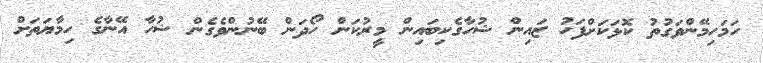
ހަމަހިމޭންވަގުތު ކޮޅަކަށްފަހު ޒައިން ޝުހާގެކިބައިން މީރުކަން ހޯދަން ބޭނުންވެގެން ޝުހާ އޭނާގެ ހިމާޔަތަށް